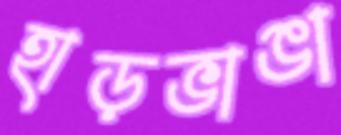
হাড়ভাঙা